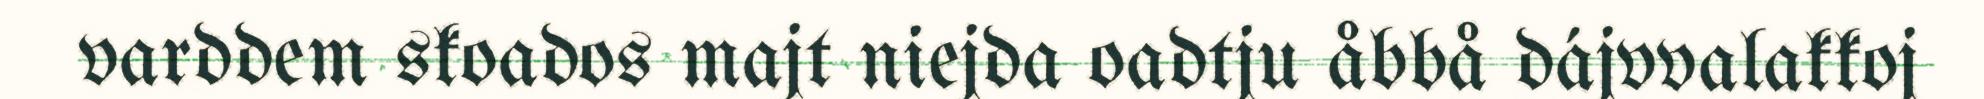
varddem skoados majt niejda oadtju åbbå dájvvalakkoj